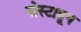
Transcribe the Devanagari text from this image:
पोस्टातून